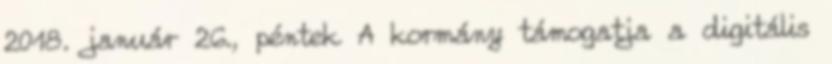
2018. január 26., péntek A kormány támogatja a digitális